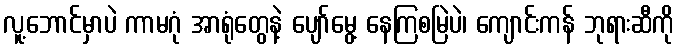
လူ့ဘောင်မှာပဲ ကာမဂုံ အာရုံတွေနဲ့ ပျော်မွေ့ နေကြစမြဲပဲ၊ ကျောင်းကန် ဘုရားဆီကို